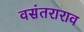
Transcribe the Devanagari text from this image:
वसंतराराव